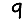
Digit: 9